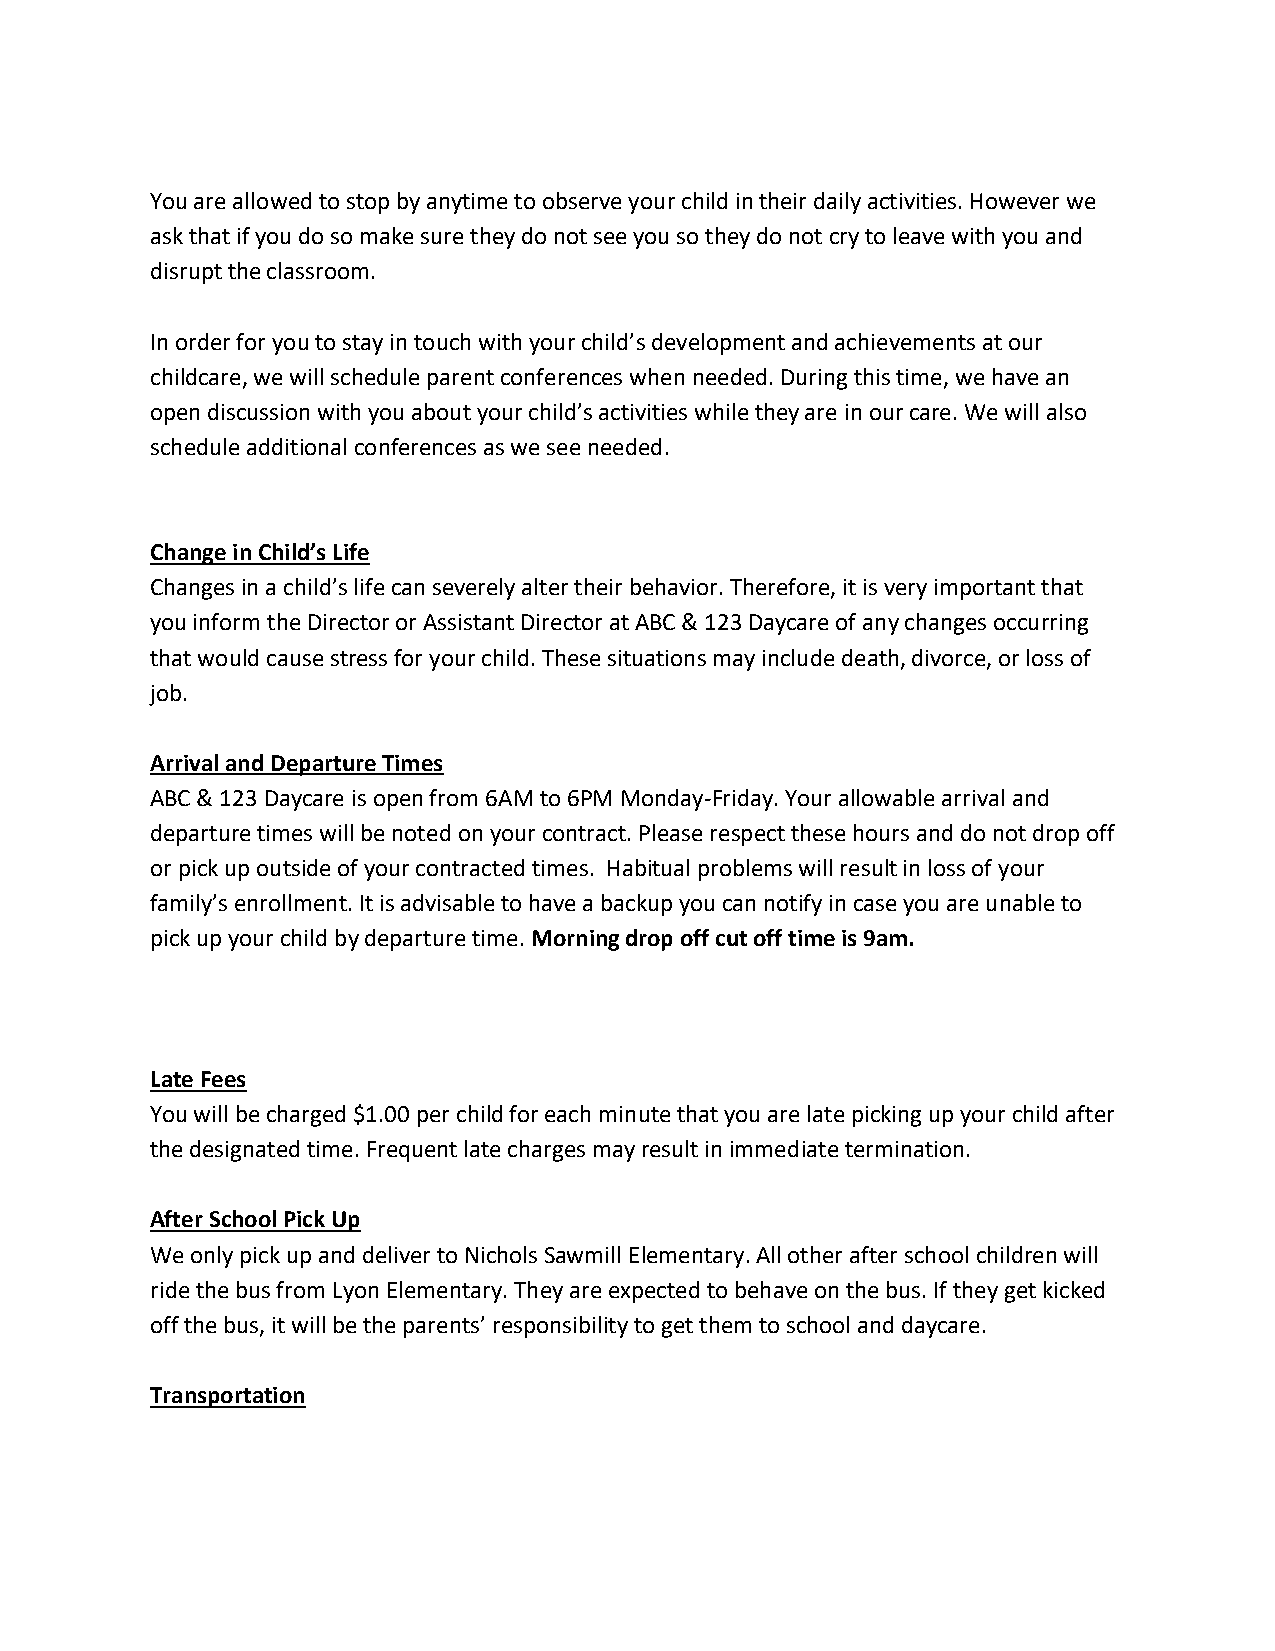
You are allowed to stop by anytime to observe your child in their daily activities. However we
 ask that if you do so make sure they do not see you so they do not cry to leave with you and
 disrupt the classroom.
 In order for you to stay in touch with your child’s development and achievements at our
 childcare, we will schedule parent conferences when needed. During this time, we have an
 open discussion with you about your child’s activities while they are in our care. We will also
 schedule additional conferences as we see needed.
 Change in Child’s Life
 Changes in a child’s life can severely alter their behavior. Therefore, it is very important that
 you inform the Director or Assistant Director at ABC & 123 Daycare of any changes occurring
 that would cause stress for your child. These situations may include death, divorce, or loss of
 job.
 Arrival and Departure Times
 ABC & 123 Daycare is open from 6AM to 6PM Monday-Friday. Your allowable arrival and
 departure times will be noted on your contract. Please respect these hours and do not drop off
 or pick up outside of your contracted times. Habitual problems will result in loss of your
 family’s enrollment. It is advisable to have a backup you can notify in case you are unable to
 pick up your child by departure time. Morning drop off cut off time is 9am.
 Late Fees
 You will be charged $1.00 per child for each minute that you are late picking up your child after
 the designated time. Frequent late charges may result in immediate termination.
 After School Pick Up
 We only pick up and deliver to Nichols Sawmill Elementary. All other after school children will
 ride the bus from Lyon Elementary. They are expected to behave on the bus. If they get kicked
 off the bus, it will be the parents’ responsibility to get them to school and daycare.
 Transportation